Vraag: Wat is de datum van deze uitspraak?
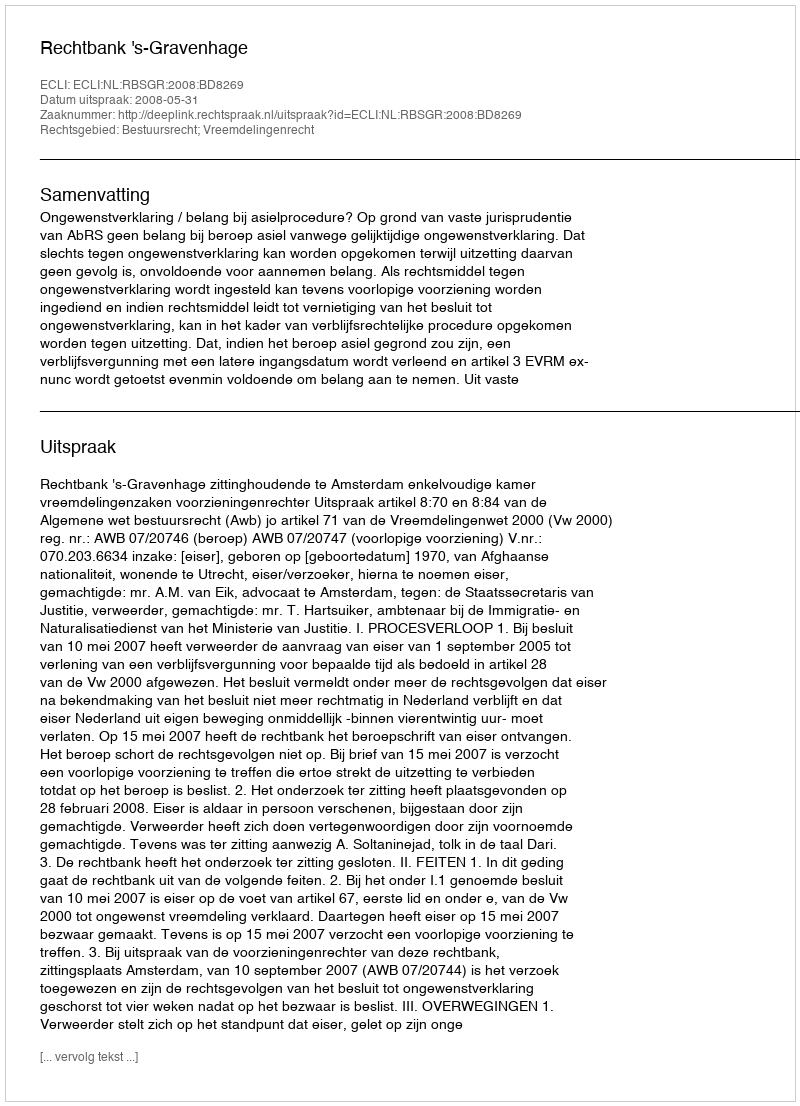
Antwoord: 2008-05-31